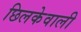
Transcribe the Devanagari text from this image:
छिलकेवाली